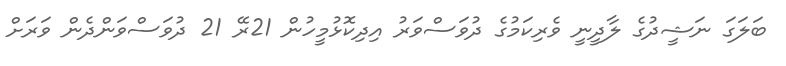
ބަލަގަ ނަޝީދުގެ ލާދީނީ ވެރިކަމުގެ ދުވަސްވަރު އިދިކޮޅުމީހުން 21ރޭ 21 ދުވަސްވަންދެން ވަރަށް